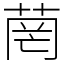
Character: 菵